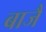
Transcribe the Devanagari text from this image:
बाजै